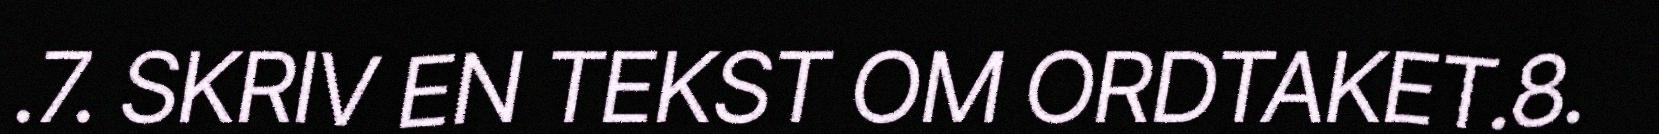
.7. SKRIV EN TEKST OM ORDTAKET.8.